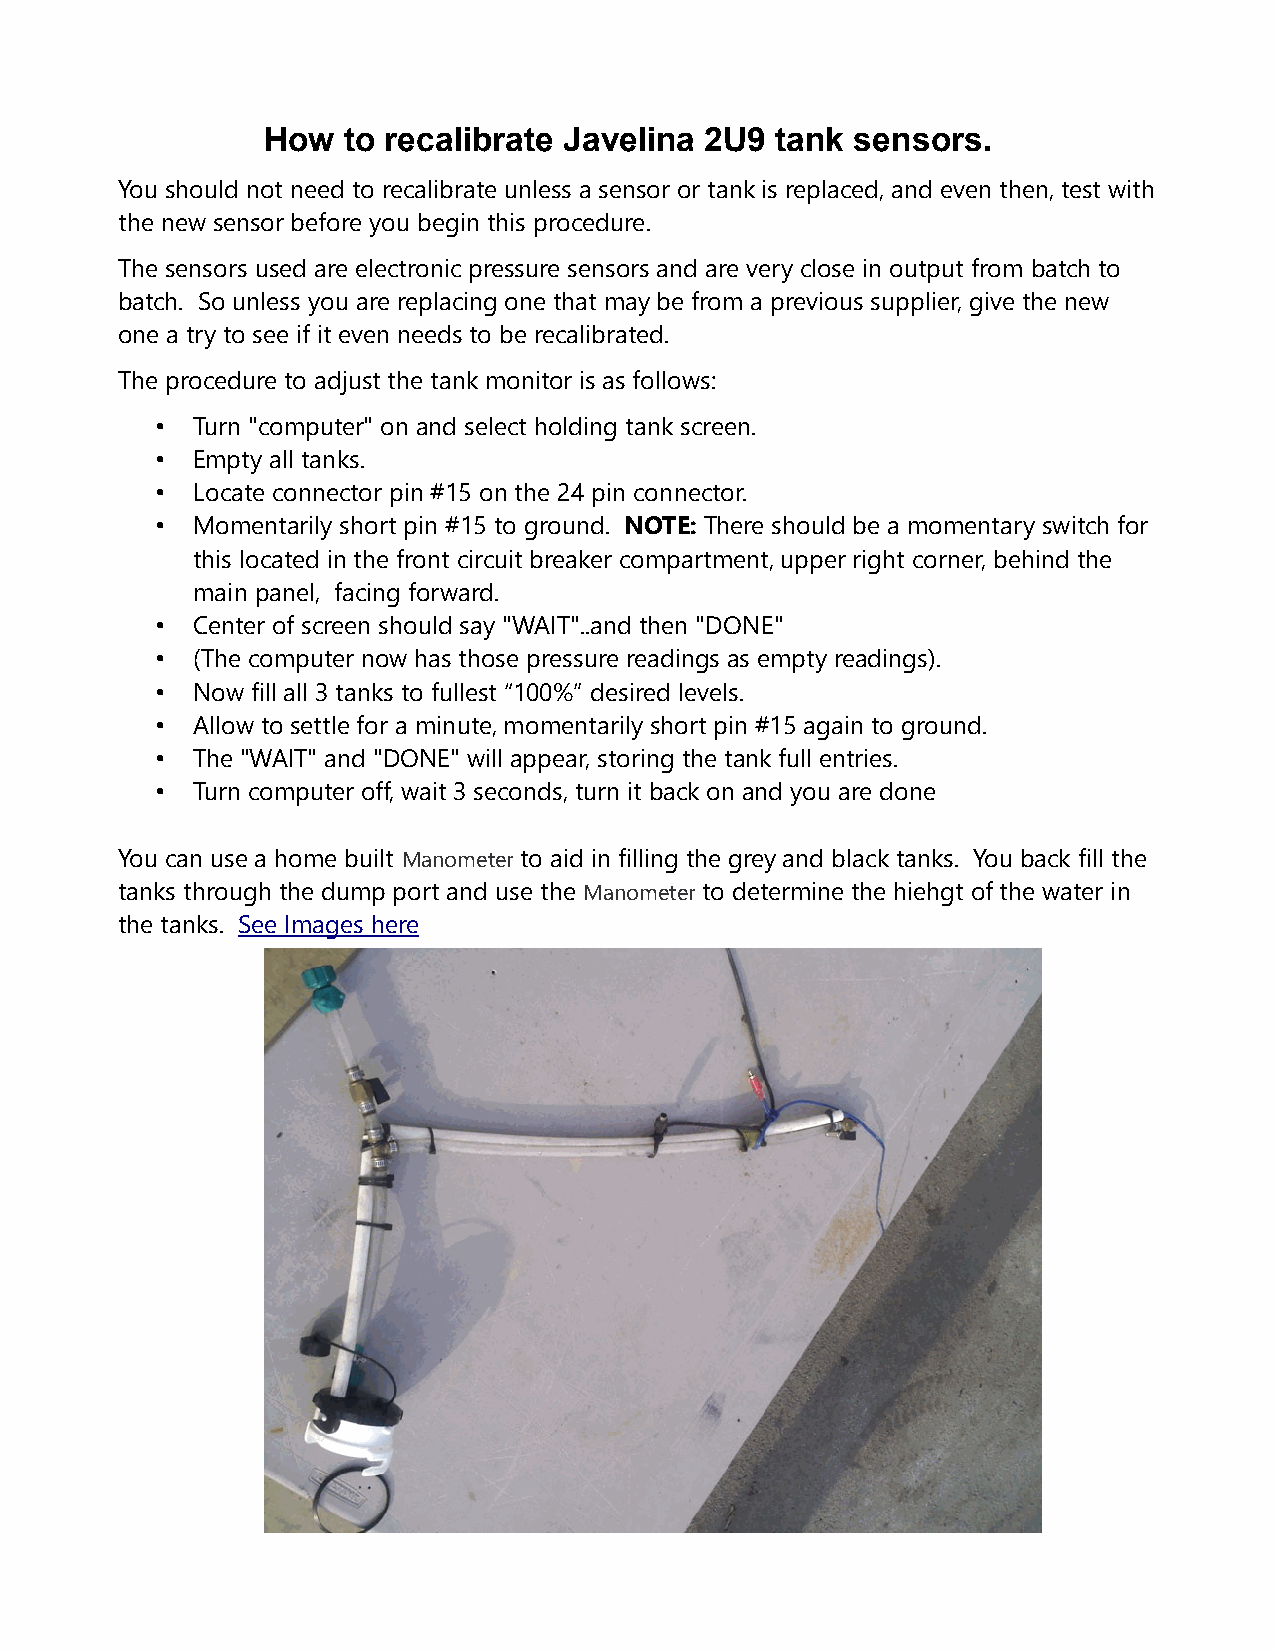
How   to recalibrate Javelina 2U9 tank  sensors.
 You should not need to recalibrate unless a sensor or tank is replaced, and even then, test with
 the new sensor before you begin this procedure.
 The sensors used are electronic pressure sensors and are very close in output from batch to
 batch. So unless you are replacing one that may be from a previous supplier, give the new
 one a try to see if it even needs to be recalibrated.
 The procedure to adjust the tank monitor is as follows:
 •  Turn "computer" on and select holding tank screen.
 •  Empty all tanks.
 •  Locate connector pin #15 on the 24 pin connector.
 •  Momentarily short pin #15 to ground. NOTE: There should be a momentary switch for
 this located in the front circuit breaker compartment, upper right corner, behind the
 main panel, facing forward.
 •  Center of screen should say "WAIT"..and then "DONE"
 •  (The computer now has those pressure readings as empty readings).
 •  Now fill all 3 tanks to fullest “100%” desired levels.
 •  Allow to settle for a minute, momentarily short pin #15 again to ground.
 •  The "WAIT" and "DONE" will appear, storing the tank full entries.
 •  Turn computer off, wait 3 seconds, turn it back on and you are done
 You can use a home built Manometer to aid in filling the grey and black tanks. You back fill the
 tanks through the dump port and use the Manometer to determine the hiehgt of the water in
 the tanks. See Images here